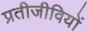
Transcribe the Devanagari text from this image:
प्रतीजीवियों